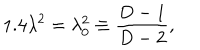
1 . 4 \lambda ^ { 2 } = \lambda _ { 0 } ^ { 2 } \equiv \frac { D - 1 } { D - 2 } ,